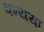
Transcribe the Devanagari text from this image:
वन्यया